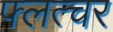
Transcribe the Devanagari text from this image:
फ्लत्चर